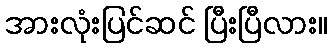
အားလုံးပြင်ဆင် ပြီးပြီလား။